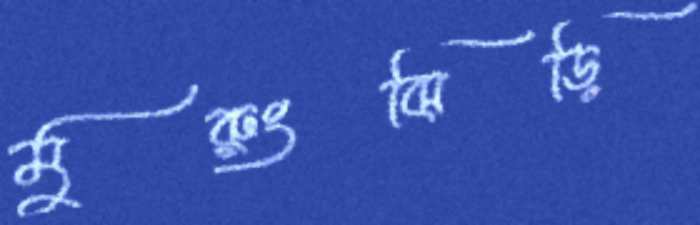
মুরুংঝিড়ি